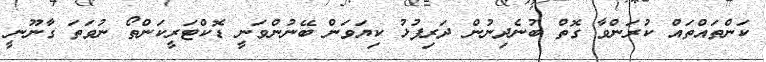
ކަންތައްތައް ކުރަންވާ ގޮތް ބުނެދިނުން ދަރިފުޅު ކިޔަވަން ބޭނުންވަނީ ޑޮކްޓަރީކަންތޯ ނުވަތަ ގާނޫނީ